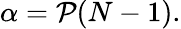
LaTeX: \alpha=\mathcal{P}(N-1).